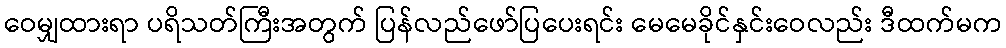
ဝေမျှထားရာ ပရိသတ်ကြီးအတွက် ပြန်လည်ဖော်ပြပေးရင်း မေမေခိုင်နှင်းဝေလည်း ဒီထက်မက